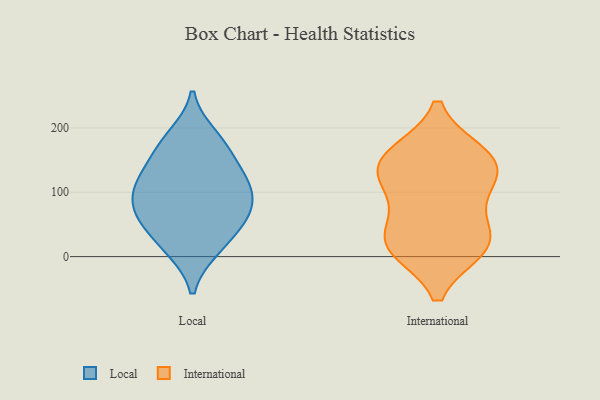
{"axis": {"x": "Demand Index", "y": "Value"}, "legend": ["International", "Local"], "data": [{"x": "", "y": 108, "type": "Local"}, {"x": "", "y": 59, "type": "Local"}, {"x": "", "y": 159, "type": "Local"}, {"x": "", "y": 117, "type": "Local"}, {"x": "", "y": 110, "type": "Local"}, {"x": "", "y": 70, "type": "Local"}, {"x": "", "y": 80, "type": "Local"}, {"x": "", "y": 144, "type": "Local"}, {"x": "", "y": 46, "type": "Local"}, {"x": "", "y": 180, "type": "Local"}, {"x": "", "y": 60, "type": "Local"}, {"x": "", "y": 107, "type": "Local"}, {"x": "", "y": 188, "type": "Local"}, {"x": "", "y": 11, "type": "Local"}, {"x": "", "y": 11, "type": "Local"}, {"x": "", "y": 157, "type": "International"}, {"x": "", "y": 124, "type": "International"}, {"x": "", "y": 123, "type": "International"}, {"x": "", "y": 159, "type": "International"}, {"x": "", "y": 14, "type": "International"}, {"x": "", "y": 24, "type": "International"}, {"x": "", "y": 17, "type": "International"}, {"x": "", "y": 26, "type": "International"}, {"x": "", "y": 81, "type": "International"}, {"x": "", "y": 144, "type": "International"}]}